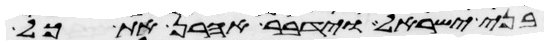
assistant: בני ישראל וידבר אהרן את כל